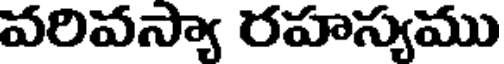
వరివస్యా రహస్యము